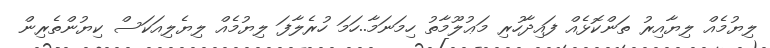
ލިޔުމެއް ލިޔާއިރު ތަންކޮޅެއް ފައިދާހުރި މަޢުލޫމާތު ހިމަނަމާ..ހަމަ ހުރެލާފަ ލިޔުމެއް ލިޔެލިއަކަސް ކިޔުންތެރިން